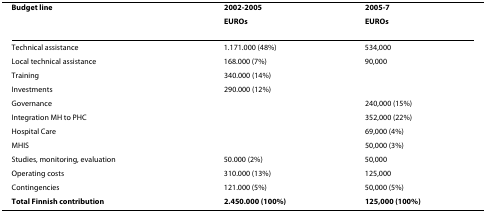
<table><thead><tr><td><b>Budget line</b></td><td><b>2002-2005</b></td><td><b>2005-7</b></td></tr><tr><td></td><td><b>EUROs</b></td><td><b>EUROs</b></td></tr></thead><tbody><tr><td>Technical assistance</td><td>1.171.000 (48%)</td><td>534,000</td></tr><tr><td>Local technical assistance</td><td>168.000 (7%)</td><td>90,000</td></tr><tr><td>Training</td><td>340.000 (14%)</td><td></td></tr><tr><td>Investments</td><td>290.000 (12%)</td><td></td></tr><tr><td>Governance</td><td></td><td>240,000 (15%)</td></tr><tr><td>Integration MH to PHC</td><td></td><td>352,000 (22%)</td></tr><tr><td>Hospital Care</td><td></td><td>69,000 (4%)</td></tr><tr><td>MHIS</td><td></td><td>50,000 (3%)</td></tr><tr><td>Studies, monitoring, evaluation</td><td>50.000 (2%)</td><td>50,000</td></tr><tr><td>Operating costs</td><td>310.000 (13%)</td><td>125,000</td></tr><tr><td>Contingencies</td><td>121.000 (5%)</td><td>50,000 (5%)</td></tr><tr><td><b>Total Finnish contribution</b></td><td><b>2.450.000 (100%)</b></td><td><b>125,000 (100%)</b></td></tr></tbody></table>